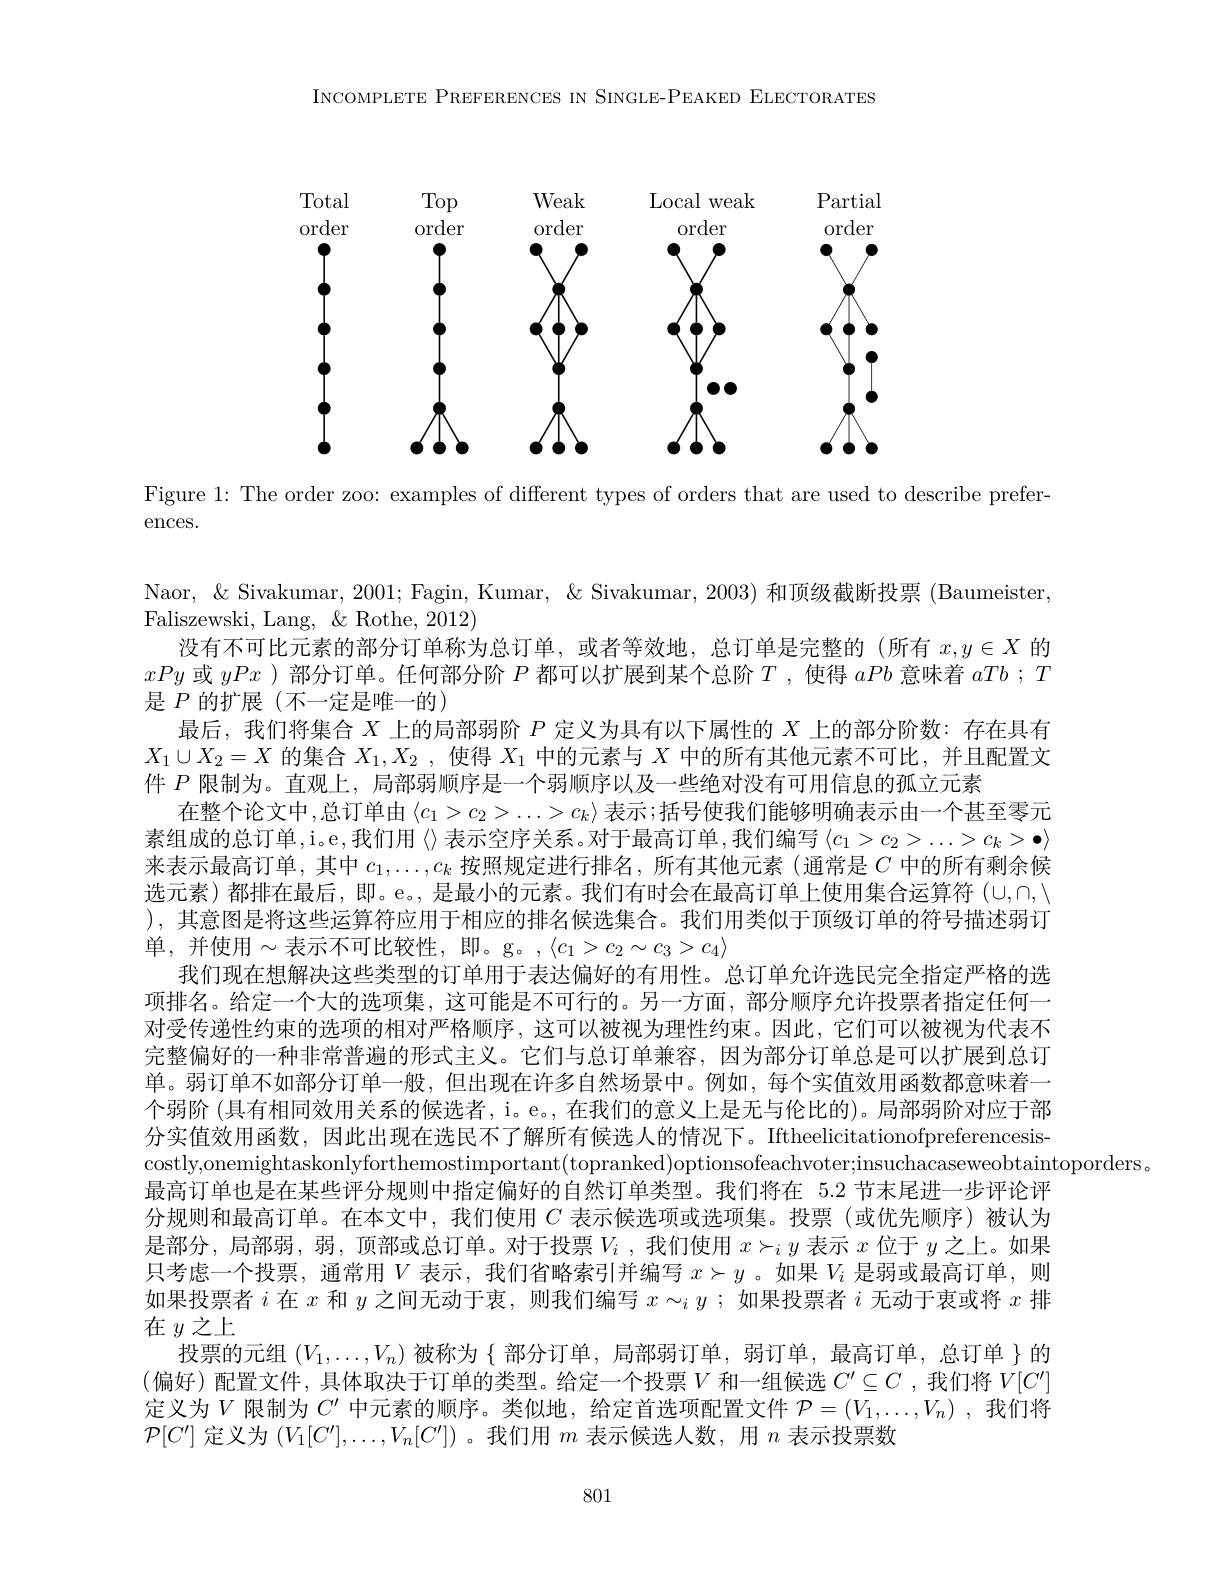
INCOMPLETE PREFERENCES IN SINGLE-PEAKED ELECTORATES

<FigureHere>

Figure 1: The order zoo: examples of different types of orders that are used to describe prefer-

ences.

Naor, & & Sivakumar, 2001; Fagin, Kumar, & Sivakumar, 2003) 和顶级截断投票 (Baumeister,
Faliszewski, Lang, & Rothe, 2012)
没有不可比元素的部分订单称为总订单，或者等效地，总订单是完整的 (所有$x,y\in X$的xPy或yPx )部分订单。任何部分阶$P$都可以扩展到某个总阶$T$ ,使得aPb意味着aTb ; $T$ 是 $P$ 的扩展(不一定是唯一的)
最后，我们将集合$X$上的局部弱阶$P$定义为具有以下属性的$X$上的部分阶数：存在具有$X_1\cup X_2=X$的集合$X_1,X_2$ ,使得$X_1$中的元素与$X$中的所有其他元素不可比，并且配置文件$P$限制为。直观上，局部弱顺序是一个弱顺序以及一些绝对没有可用信息的孤立元素
在整个论文中，总订单由$\left\langle c_1>c_2>\ldots>c_k\right\rangle$表示；括号使我们能够明确表示由一个甚至零元素组成的总订单，i。e,我们用《》表示空序关系。对于最高订单，我们编写$\left\langle c_1>c_2>\ldots>c_k>\bullet\right\rangle$ 来表示最高订单，其中$c_1,\ldots,c_k$按照规定进行排名，所有其他元素 (通常是$C$中的所有剩余候选元素)都排在最后，即。e。, 是最小的元素。我们有时会在最高订单上使用集合运算符$(\cup,\cap,\setminus$ ), 其意图是将这些运算符应用于相应的排名候选集合。我们用类似于顶级订单的符号描述弱订单，并使用$\sim$表示不可比较性，即。g。$,\langle c_1>c_2\sim c_3>c_4\rangle$
我们现在想解决这些类型的订单用于表达偏好的有用性。总订单允许选民完全指定严格的选项排名。给定一个大的选项集，这可能是不可行的。另一方面，部分顺序允许投票者指定任何一对受传递性约束的选项的相对严格顺序，这可以被视为理性约束。因此，它们可以被视为代表不完整偏好的一种非常普遍的形式主义。它们与总订单兼容，因为部分订单总是可以扩展到总订单。弱订单不如部分订单一般，但出现在许多自然场景中。例如，每个实值效用函数都意味着一个弱阶 (具有相同效用关系的候选者，i。e。, 在我们的意义上是无与伦比的)。局部弱阶对应于部分实值效用函数，因此出现在选民不了解所有候选人的情况下。Iftheelicitationofpreferencesis $\begin{aligned}\text{costly,onemightaskonlyforthemostimportant(topranked)optionsofeachvoter;insuchacaseweobtaintoporders.}\\\text{costly,onemightaskonlyforthemostimportant(topranked)optionsofeachvoter;insuchacaseweobtaintoponders.}\end{aligned}$
最高订单也是在某些评分规则中指定偏好的自然订单类型。我们将在 5.2 节末尾进一步评论评分规则和最高订单。在本文中，我们使用$C$表示候选项或选项集。投票 (或优先顺序)被认为是部分，局部弱，弱，顶部或总订单。对于投票$V_i$ , 我 们 使 用 $x\succ _iy$表示$x$位于$y$之上。如果只考虑一个投票，通常用$V$表示，我们省略索引并编写$x\succ y$ 。如果$V_i$是弱或最高订单，则如果投票者$i$在$x$和$y$之间无动于衷，则我们编写$x\sim_iy$ ;如果投票者$i$无动于衷或将$x$排在$y$之上
投票的元组$(V_1,\ldots,V_n)$被称为$\{$部分订单，局部弱订单，弱订单，最高订单，总订单$\}$的(偏好)配置文件，具体取决于订单的类型。给定一个投票$V$ 和一组候选 $C^\prime\subseteq C$ ,我们将 $V[C^{\prime}]$ 定义为$V$限制为$C^\prime$中元素的顺序。类似地，给定首选项配置文件$\mathcal{P} = ( V_1, \ldots , V_n)$ , 我 们 将 $\mathcal{P}[C^{\prime}]$定义为$(V_1[C^{\prime}],\ldots,V_n[C^{\prime}])$ 。我们用$m$表示候选人数，用$n$表示投票数

801